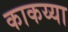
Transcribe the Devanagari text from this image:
काकय्या